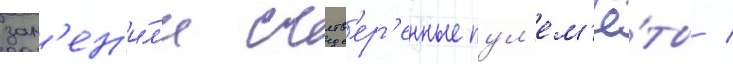
зам'ен'и́л'и счетв'ер'енные пул'ем'ё́ты /